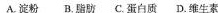
A.淀粉 B.脂肪 C.蛋白质 D.维生素